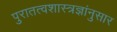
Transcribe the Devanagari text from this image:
पुरातत्वशास्त्रज्ञांनुसार